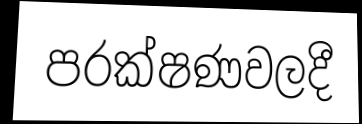
පරක්ෂණවලදී